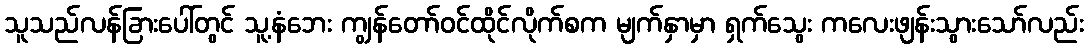
သူသည်လန်ခြားပေါ်တွင် သူ့နံဘေး ကျွန်တော်ဝင်ထိုင်လိုက်စက မျက်နှာမှာ ရှက်သွေး ကလေးဖျန်းသွားသော်လည်း